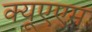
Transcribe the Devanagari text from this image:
क्यूएएम